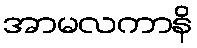
အာမလကာနိ